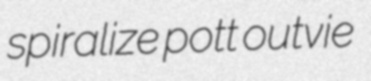
spiralize pott outvie